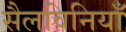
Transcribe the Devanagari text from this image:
सैलविनियाँ